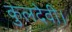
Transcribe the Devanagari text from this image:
कुलदेवी।